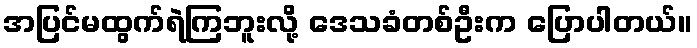
အပြင်မထွက်ရဲကြဘူးလို့ ဒေသခံတစ်ဦးက ပြောပါတယ်။